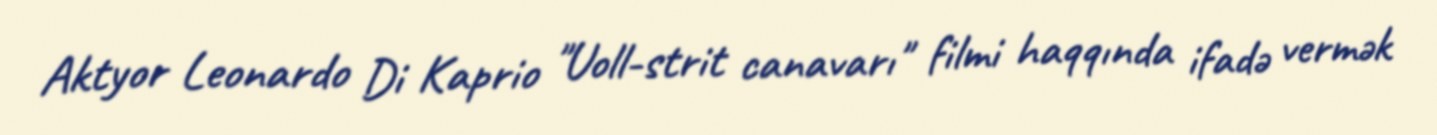
Aktyor Leonardo Di Kaprio "Uoll-strit canavarı" filmi haqqında ifadə vermək